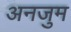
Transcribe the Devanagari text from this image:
अनजुम